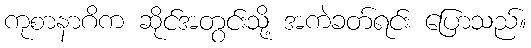
ကုစာနာဂိက ဆိုင်အတွင်းသို့ အကဲခတ်ရင်း ပြောသည်။